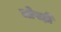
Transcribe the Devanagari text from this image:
चोपड़ी